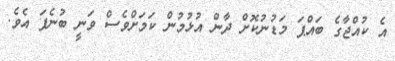
އެ ކުއްޖާގެ ބައްޕަ މަޑުނުކޮށް ދާން އުޅުމުން ކަމަށްވެސް ވަނީ ބުނެފަ އެވެ.